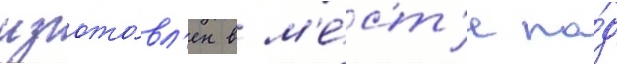
изгото́вл'ен в м'е́ст'е по́д